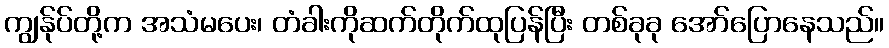
ကျွန်ုပ်တို့က အသံမပေး၊ တံခါးကိုဆက်တိုက်ထုပြန်ပြီး တစ်ခုခု အော်ပြောနေသည်။